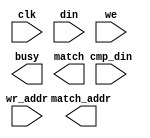
module bram_cam_32x32(
	clk,
	cmp_din,
	din,
	we,
	wr_addr,
	busy,
	match,
	match_addr);


input clk;
input [31 : 0] cmp_din;
input [31 : 0] din;
input we;
input [4 : 0] wr_addr;
output busy;
output match;
output [4 : 0] match_addr;

// synthesis translate_off

      CAM_V5_1 #(
		.c_addr_type(0),
		.c_cmp_data_mask_width(32),
		.c_cmp_din_width(32),
		.c_data_mask_width(32),
		.c_depth(32),
		.c_din_width(32),
		.c_enable_rlocs(0),
		.c_has_cmp_data_mask(0),
		.c_has_cmp_din(1),
		.c_has_data_mask(0),
		.c_has_en(0),
		.c_has_multiple_match(0),
		.c_has_read_warning(0),
		.c_has_single_match(0),
		.c_has_we(1),
		.c_has_wr_addr(1),
		.c_match_addr_width(5),
		.c_match_resolution_type(0),
		.c_mem_init(0),
		.c_mem_init_file("bram_cam_32x32.mif"),
		.c_mem_type(1),
		.c_read_cycles(1),
		.c_reg_outputs(0),
		.c_ternary_mode(0),
		.c_width(32),
		.c_wr_addr_width(5))
	inst (
		.CLK(clk),
		.CMP_DIN(cmp_din),
		.DIN(din),
		.WE(we),
		.WR_ADDR(wr_addr),
		.BUSY(busy),
		.MATCH(match),
		.MATCH_ADDR(match_addr),
		.CMP_DATA_MASK(),
		.DATA_MASK(),
		.EN(),
		.MULTIPLE_MATCH(),
		.READ_WARNING(),
		.SINGLE_MATCH());


// synthesis translate_on

// XST black box declaration
// box_type "black_box"
// synthesis attribute box_type of bram_cam_32x32 is "black_box"

endmodule